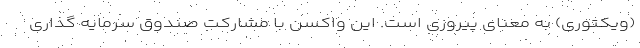
(ویکتوری) به معنای پیروزی است. این واکسن با مشارکت صندوق سرمایه گذاری